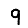
Digit: 9